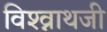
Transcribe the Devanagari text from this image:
विश्व्नाथजी